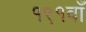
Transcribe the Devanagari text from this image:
१९१वाँ